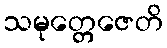
သမုတ္တေဇေတိ